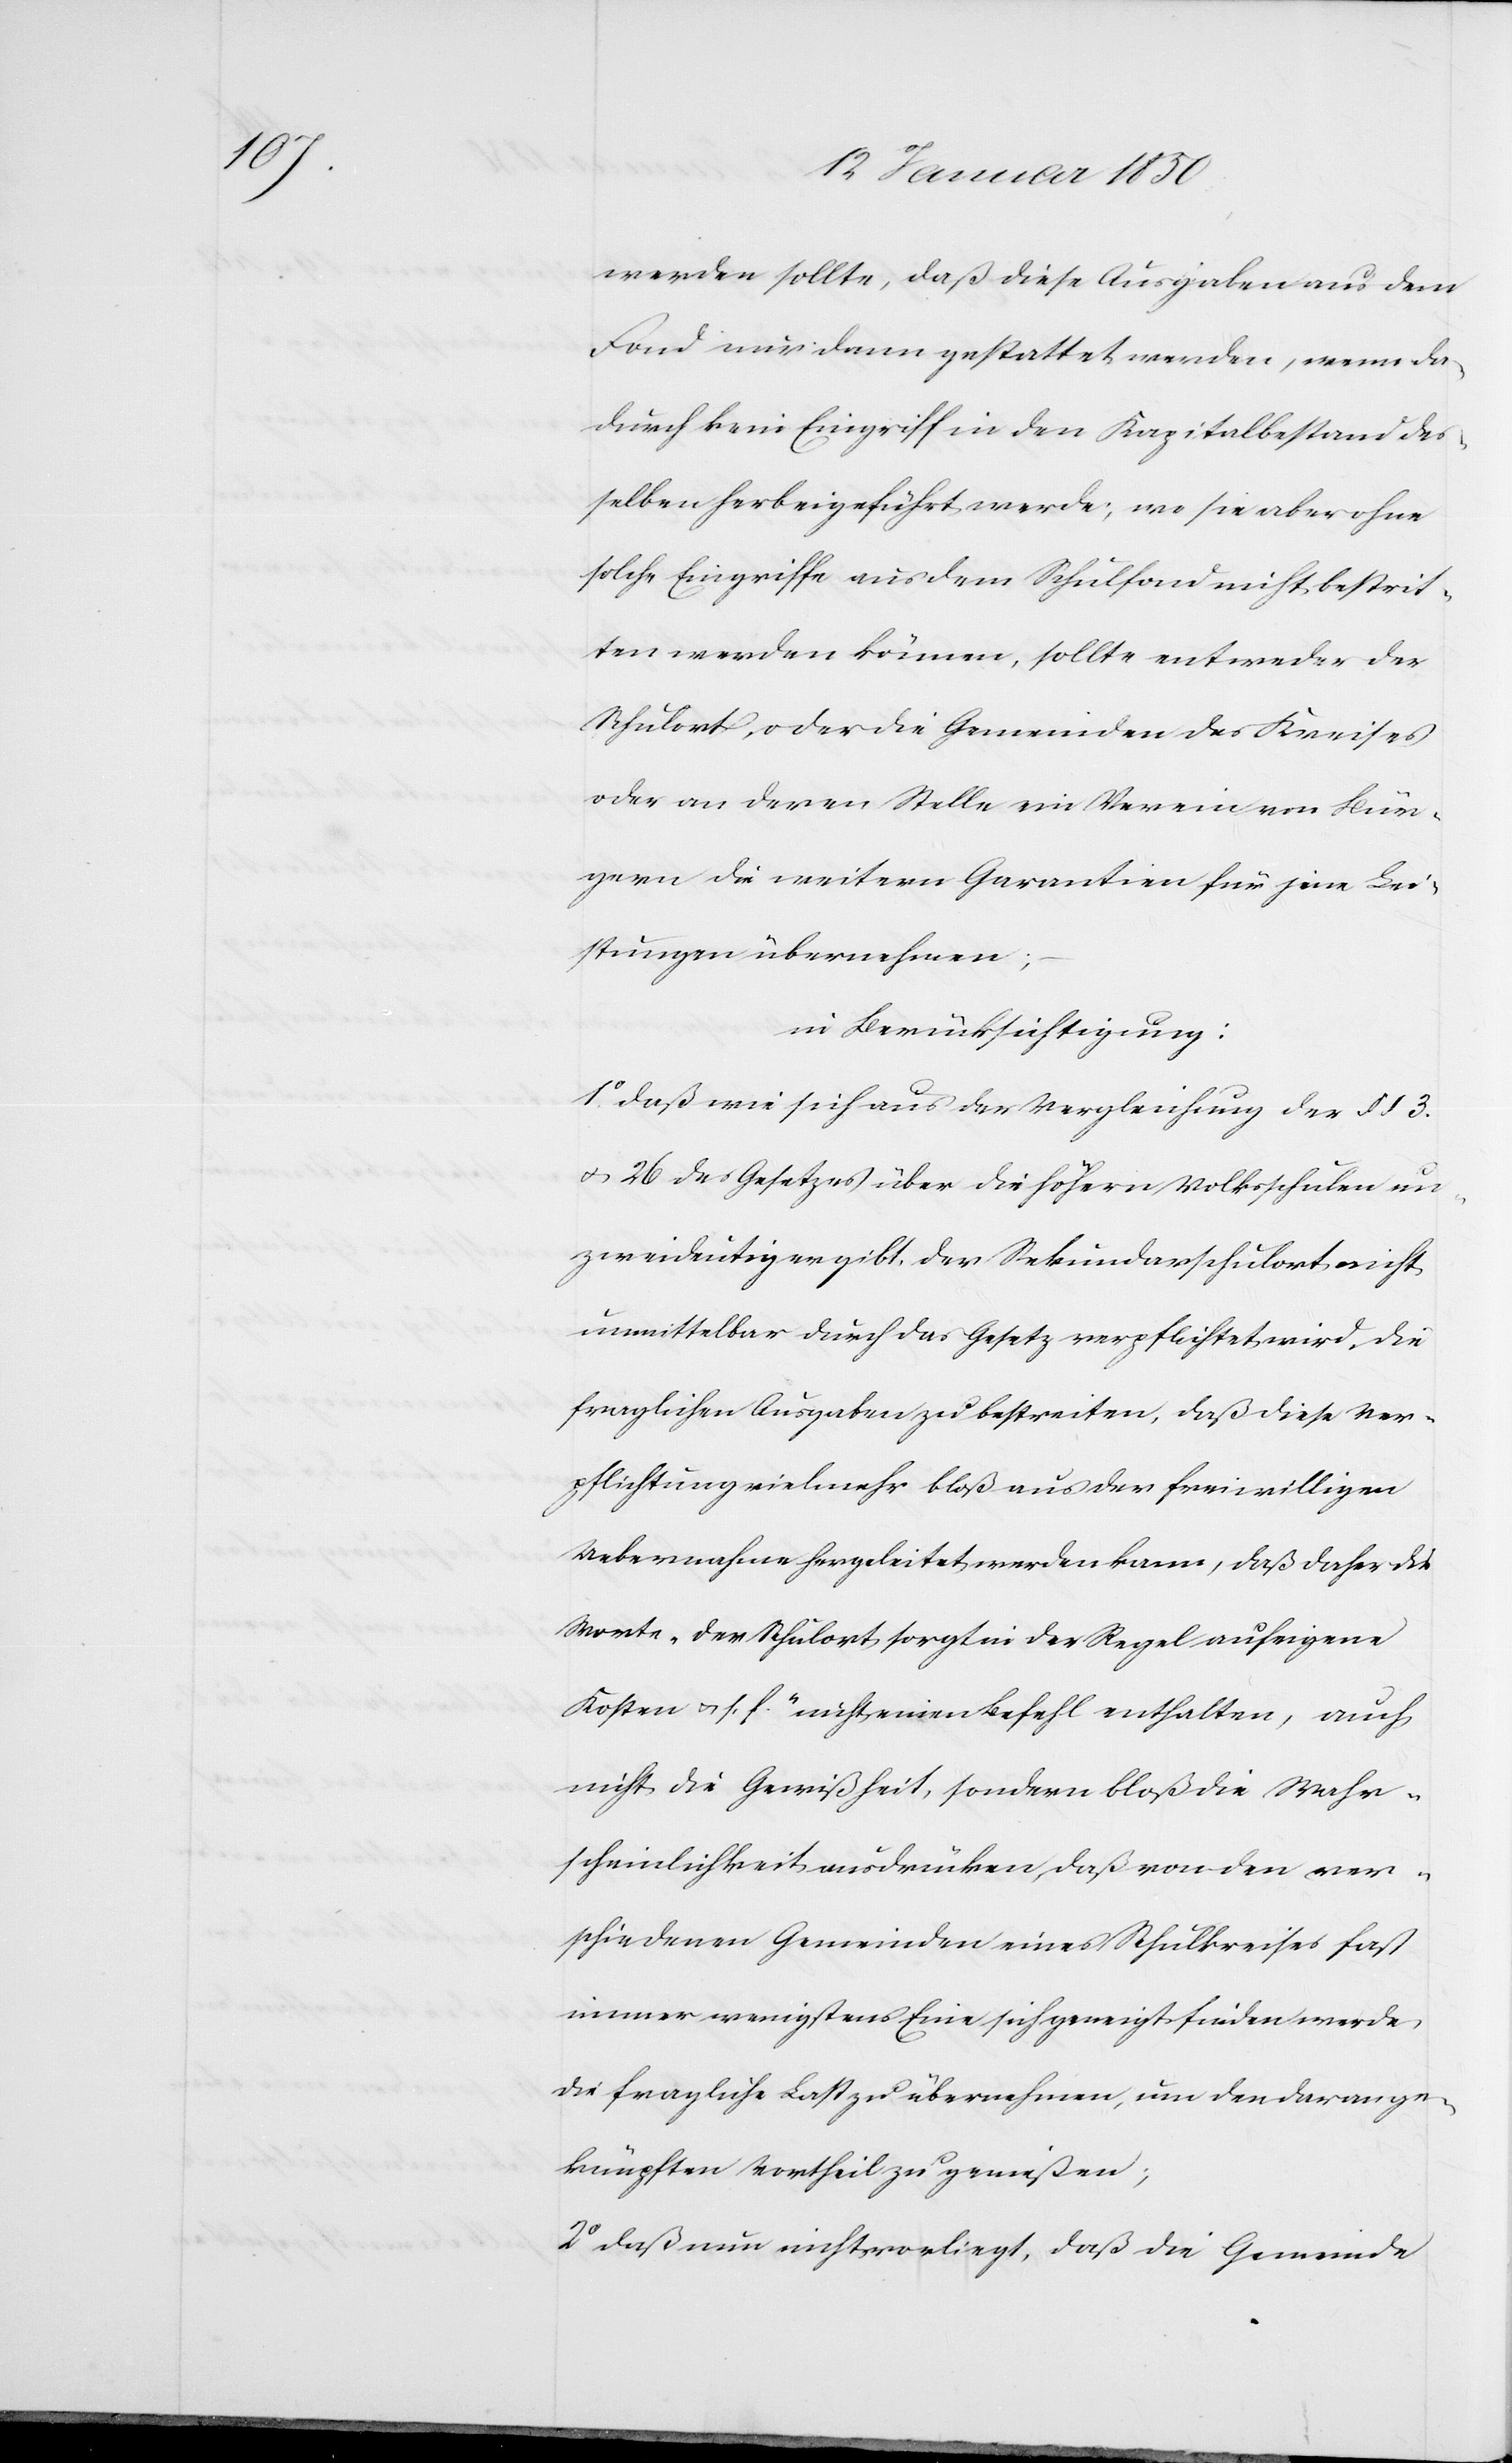
werden solle, daß diese Ausgaben aus dem
Fond nur dann gestattet werden, wenn da¬
durch kein Eingriff in den Kapitalbestand des¬
selben herbeigeführt werde; wo sie aber ohne
solche Eingriffe aus dem Schulfond nicht bestrit¬
ten werden können, sollte entweder der
Schulort, oder die Gemeinden des Kreises
oder an deren Stelle ein Verein von Bür¬
gern die weitern Garantien für jene Lei¬
stungen übernehmen;
in Berücksichtigung:
1o. daß wie sich aus der Vergleichung der § § 3.
u. 26 des Gesetzes über die höhern Volksschulen un¬
zweideutig ergibt, der Sekundarschulort nicht
unmittelbar durch das Gesetz verpflichtet wird, die
fraglichen Ausgaben zu bestreiten, daß diese Ver¬
pflichtung vielmehr bloß aus der freiwilligen
Uebernahme hergeleitet werden kann, daß daher die
Worte „der Schulort sorgt in der Regel auf eigene
Kosten u. s. f.“ nicht einen Befehl enthalten, auch
nicht die Gewißheit, sondern bloß die Wahr¬
scheinlichkeit ausdrücken, daß von den ver¬
schiedenen Gemeinden eines Schulkreises fast
immer wenigstens Eine sich geneigt finden werde,
die fragliche Last zu übernehmen, um den daran ge¬
knüpften Vortheil zu genießen;
2o daß nun nicht vorliegt, daß die Gemeinde